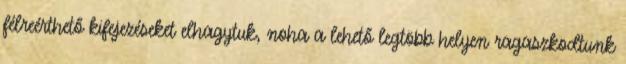
félreérthető kifejezéseket elhagytuk, noha a lehető legtöbb helyen ragaszkodtunk